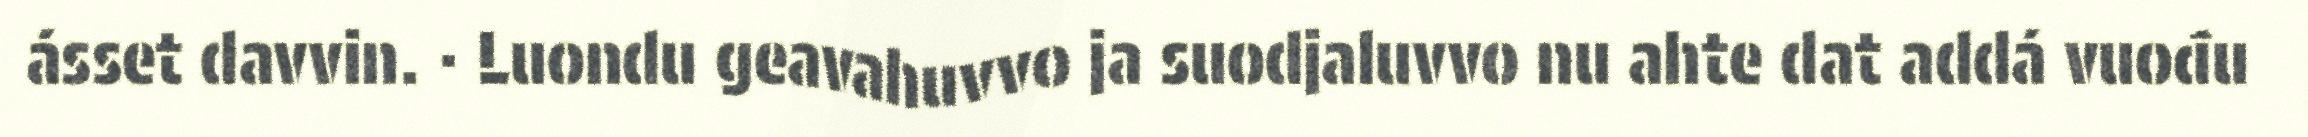
ásset davvin. · Luondu geavahuvvo ja suodjaluvvo nu ahte dat addá vuođu